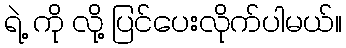
ရဲ့ ကို လို့ ပြင်ပေးလိုက်ပါမယ်။